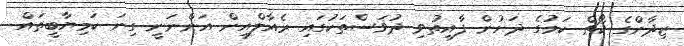
ޒިދާންގެ ކޯޗް ކަމުގެ ދަށުން ފާއިތުވި ދުވަސްތަކުގައި ރެއާލްއިން އަންނަނީ ގިނަ ކަމިޔާބީތައް